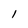
Character: I